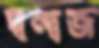
দ্বন্দ্বজ